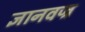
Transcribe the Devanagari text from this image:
ज्ञानवज्र